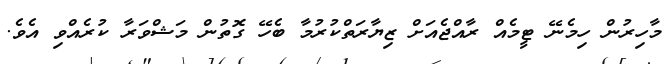
މާހިރުން ހިމެނޭ ޓީމެއް ރާއްޖެއަށް ޒިޔާރަތްކުރުމާ ބެހޭ ގޮތުން މަޝްވަރާ ކުރެއްވި އެވެ.